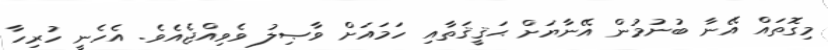
މިގޮތައް އޭނާ ބުނުމުން އޭނާޔަށް ޙަޤީޤަތާއި ހަމައަށް ވާޞިލު ވެވިއްޖެއެވެ. އެހެނީ ހުރިހާ